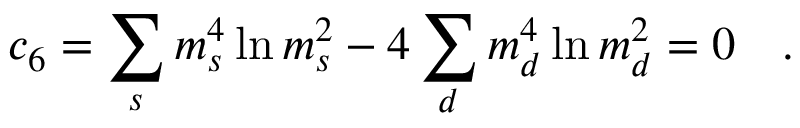
c _ { 6 } = \sum _ { s } m _ { s } ^ { 4 } \ln m _ { s } ^ { 2 } - 4 \sum _ { d } m _ { d } ^ { 4 } \ln m _ { d } ^ { 2 } = 0 ~ ~ ~ .